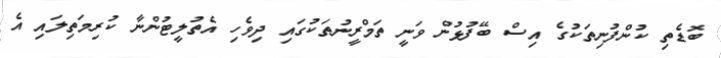
ބޮޑެތި ކުންފުނިތަކުގެ އިސް ބޭފުޅުން ވަނީ ތަމްރީނުތަކުގައި ދިވެހި އެތުލީޓުންނާ ކުރިމަތިލައި އެ